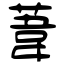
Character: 葦